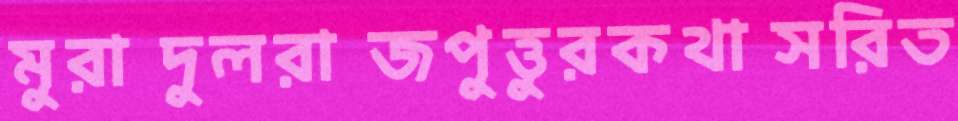
মুরাদুলরাজপুত্তুরকথাসরিত